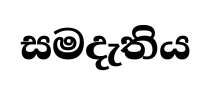
සමදැතිය